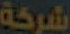
شركة